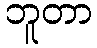
ဘူတာ